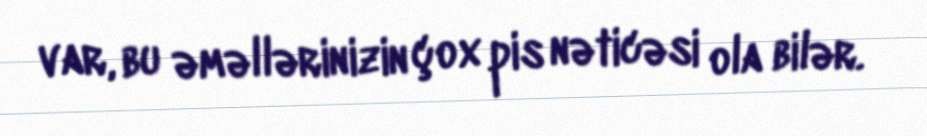
var, bu əməllərinizin çox pis nəticəsi ola bilər.